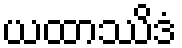
ယထာဿိဒံ